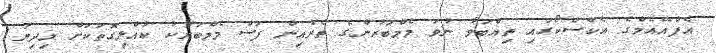
އެފްއޭއެމްގެ އެކްސްކޯގައި ތިއްބަވާ ނުވަ މެމްބަރުންގެ ތެރެއިން ފަސް މެމްބަރަކު ކުައްލިގޮތަކަށް މިދިޔަ